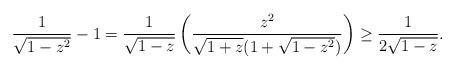
LaTeX: \begin{align*}\frac{1}{\sqrt{1-z^2}}- 1 = \frac{1}{\sqrt{1-z}}\left(\frac{z^2}{\sqrt{1+z}(1+\sqrt{1-z^2})}\right) \geq \frac{1}{2\sqrt{1-z}}.\end{align*}